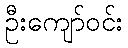
ဦးကျော်ဝင်း